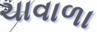
ચાવાળા